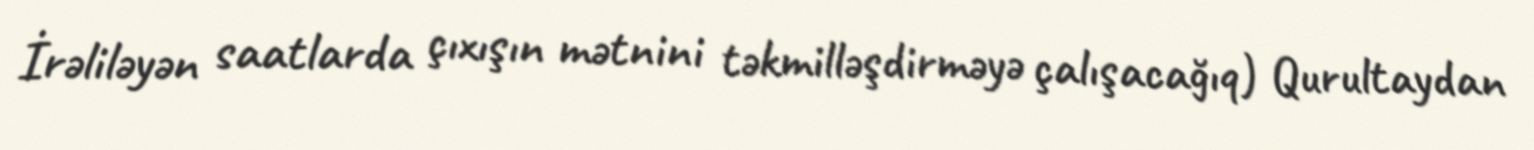
İrəliləyən saatlarda çıxışın mətnini təkmilləşdirməyə çalışacağıq) Qurultaydan